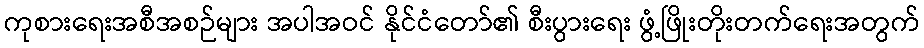
ကုစားရေးအစီအစဉ်များ အပါအဝင် နိုင်ငံတော်၏ စီးပွားရေး ဖွံ့ဖြိုးတိုးတက်ရေးအတွက်